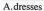
A.dresses